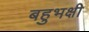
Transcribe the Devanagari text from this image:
बहुभक्षी